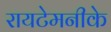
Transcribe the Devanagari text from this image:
रायटेमनीके